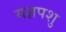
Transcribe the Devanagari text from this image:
यज्ञपशु